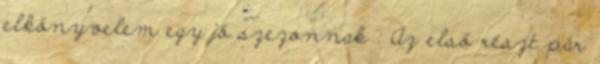
elkönyvelem egy jó szezonnak : Az első részt pár